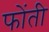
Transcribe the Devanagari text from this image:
फोंती